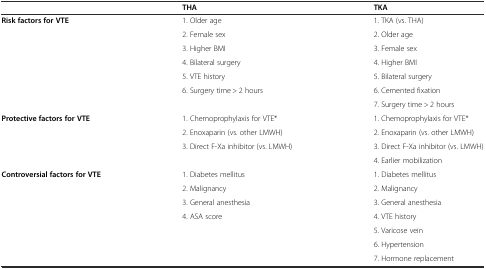
<table><thead><tr><td></td><td><b>THA</b></td><td><b>TKA</b></td></tr></thead><tbody><tr><td rowspan="7"><b>Risk factors for VTE</b></td><td>1. Older age</td><td>1. TKA (vs. THA)</td></tr><tr><td>2. Female sex</td><td>2. Older age</td></tr><tr><td>3. Higher BMI</td><td>3. Female sex</td></tr><tr><td>4. Bilateral surgery</td><td>4. Higher BMI</td></tr><tr><td>5. VTE history</td><td>5. Bilateral surgery</td></tr><tr><td>6. Surgery time &gt; 2 hours</td><td>6. Cemented fixation</td></tr><tr><td></td><td>7. Surgery time &gt; 2 hours</td></tr><tr><td rowspan="4"><b>Protective factors for VTE</b></td><td>1. Chemoprophylaxis for VTE*</td><td>1. Chemoprophylaxis for VTE*</td></tr><tr><td>2. Enoxaparin (vs. other LMWH)</td><td>2. Enoxaparin (vs. other LMWH)</td></tr><tr><td>3. Direct F-Xa inhibitor (vs. LMWH)</td><td>3. Direct F-Xa inhibitor (vs. LMWH)</td></tr><tr><td></td><td>4. Earlier mobilization</td></tr><tr><td rowspan="7"><b>Controversial factors for VTE</b></td><td>1. Diabetes mellitus</td><td>1. Diabetes mellitus</td></tr><tr><td>2. Malignancy</td><td>2. Malignancy</td></tr><tr><td>3. General anesthesia</td><td>3. General anesthesia</td></tr><tr><td>4. ASA score</td><td>4. VTE history</td></tr><tr><td></td><td>5. Varicose vein</td></tr><tr><td></td><td>6. Hypertension</td></tr><tr><td></td><td>7. Hormone replacement</td></tr></tbody></table>